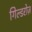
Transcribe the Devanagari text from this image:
गिल्डरोज़